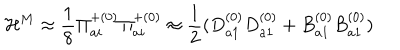
LaTeX: { \cal H } ^ { M } \approx \frac { 1 } { 8 } { \Pi } _ { a i } ^ { + ( 0 ) } { \Pi } _ { a i } ^ { + ( 0 ) } \approx \frac { 1 } { 2 } ( D _ { a 1 } ^ { ( 0 ) } D _ { a 1 } ^ { ( 0 ) } + B _ { a 1 } ^ { ( 0 ) } B _ { a 1 } ^ { ( 0 ) } )